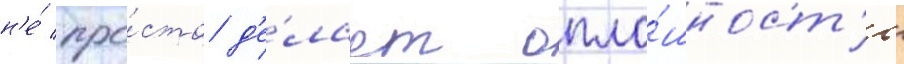
н'е́ про́сто д'е́лает опло́шност'и